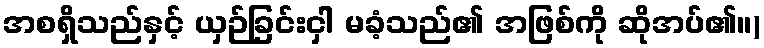
အစရှိသည်နှင့် ယှဉ်ခြင်းငှါ မခံ့သည်၏ အဖြစ်ကို ဆိုအပ်၏။)